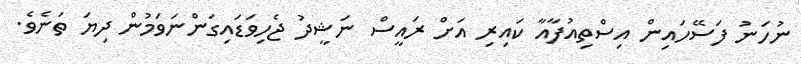
ނުހަނު ފަސޭހައިން އިސްތިއުފާއާ ކައިރި އަށް ރައީސް ނަޝީދު ޖެހިވަޑައިގަންނަވަމުން ދިޔަ ތަނެވެ.